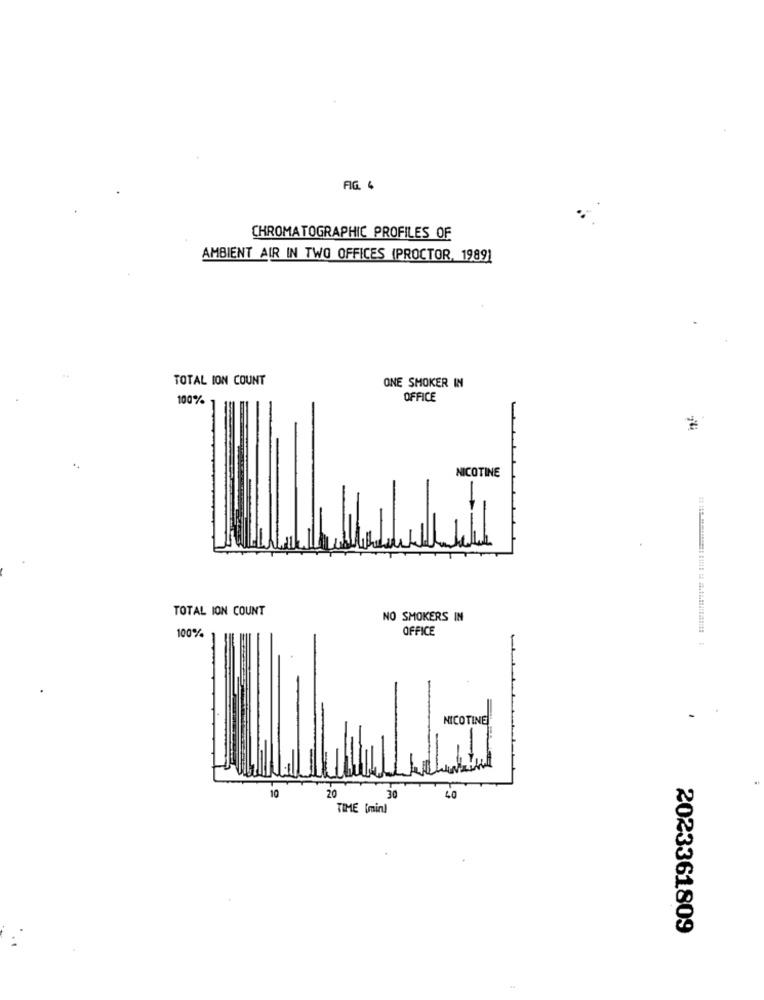
FIG 6
CHROMATOGRAPHIC PROFILES OF
AMBIENT AIR IN TWO OFFICES (PROCTOR, 19891
TOTAL ION COUNT
ONE SMOKER IN
100%
OFFICE
..
NICOTINE
TOTAL ION COUNT
NO SMOKERS IN
OFFICE
100%
NICOTINE
10
LO
20
30
TIME [min)
2023361809